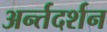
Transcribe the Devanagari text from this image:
अर्न्तदर्शन